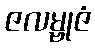
ဇလမ္ဗုဇံ